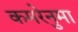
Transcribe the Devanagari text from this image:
कमरेनुमा